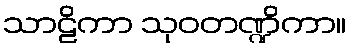
သာဠိကာ သုဝတဏ္ဍိကာ။